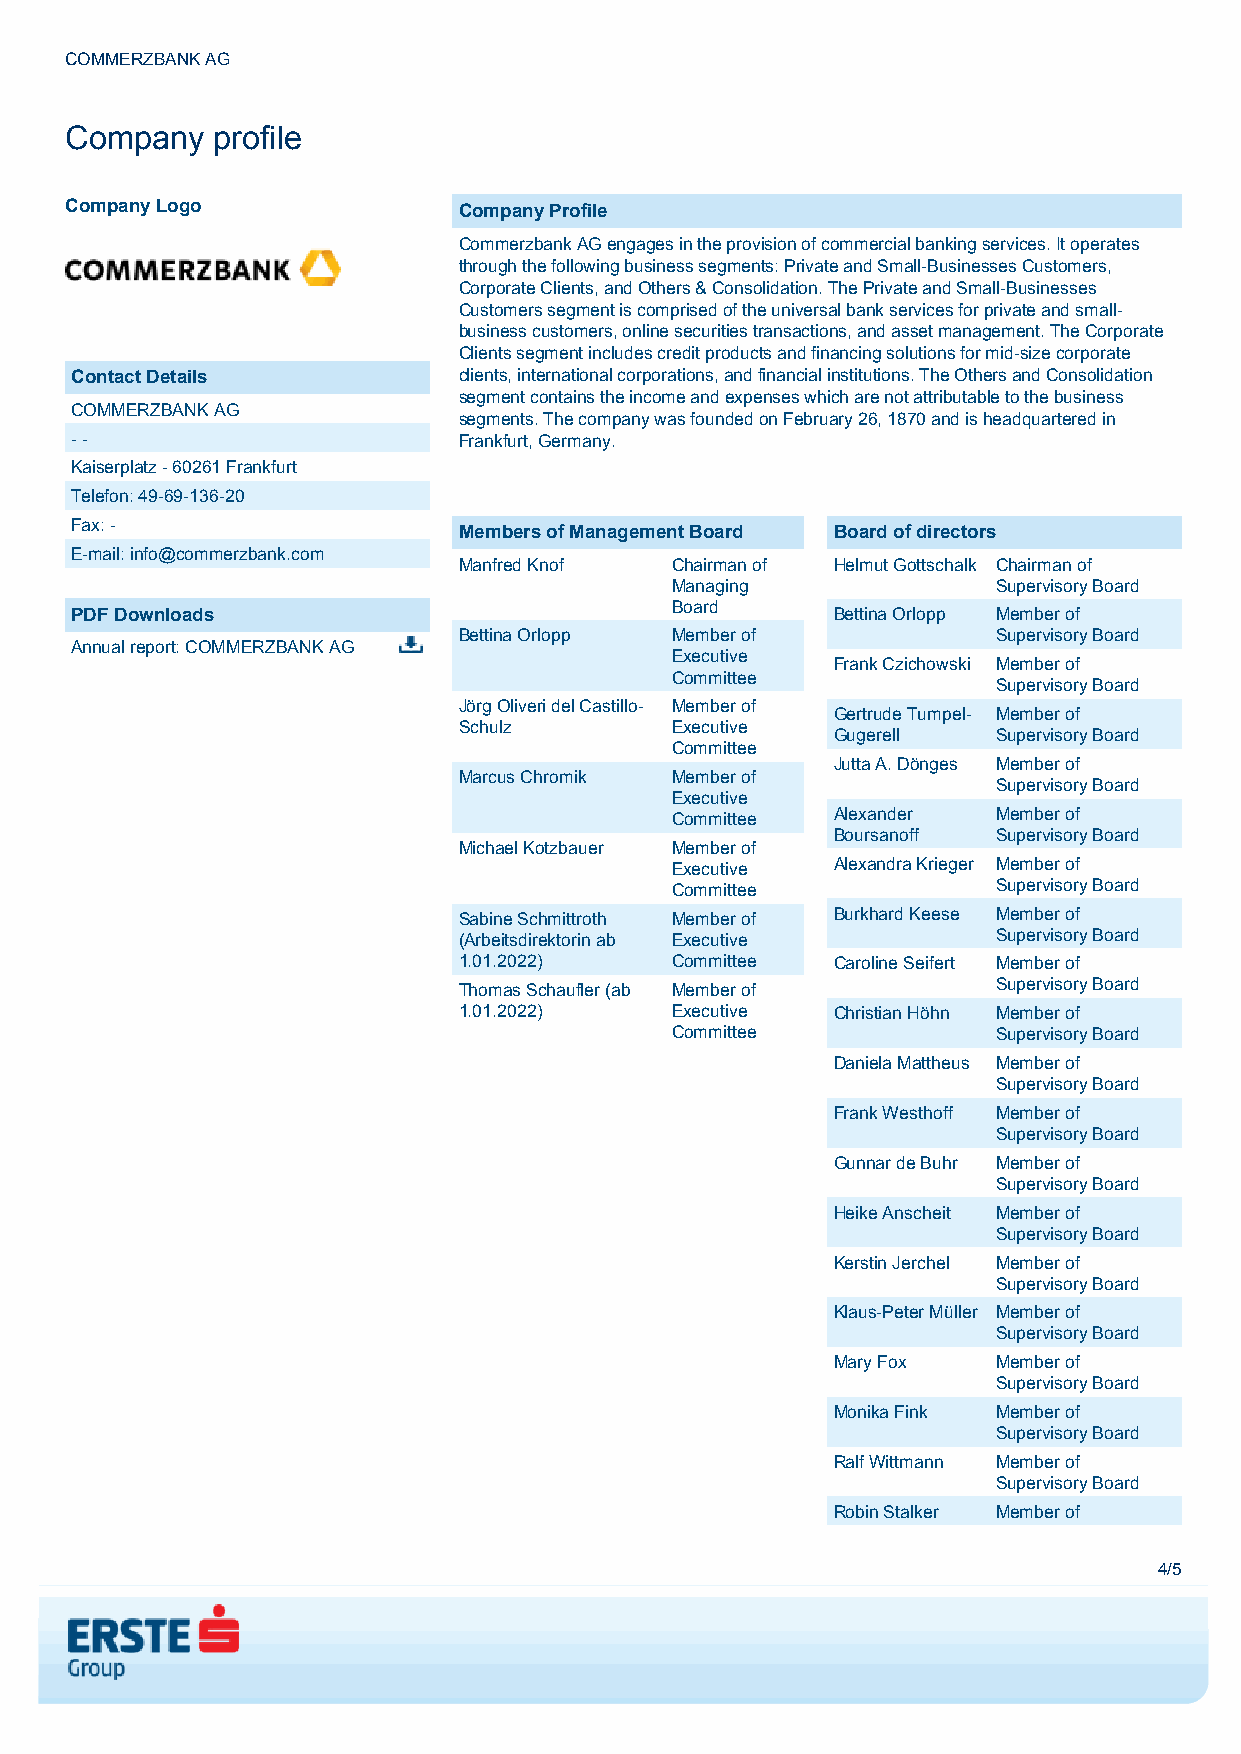
COMMERZBANK AG
 Company   profile
 Company Logo              Company Profile
 Commerzbank AG engages in the provision of commercial banking services. It operates
 through the following business segments: Private and Small-Businesses Customers,
 Corporate Clients, and Others & Consolidation. The Private and Small-Businesses
 Customers segment is comprised of the universal bank services for private and small-
 business customers, online securities transactions, and asset management. The Corporate
 Clients segment includes credit products and financing solutions for mid-size corporate
 Contact Details          clients, international corporations, and financial institutions. The Others and Consolidation
 segment contains the income and expenses which are not attributable to the business
 COMMERZBANK AG
 segments. The company was founded on February 26, 1870 and is headquartered in
 - -                      Frankfurt, Germany.
 Kaiserplatz - 60261 Frankfurt
 Telefon: 49-69-136-20
 Fax: -                   Members of Management Board Board of directors
 E-mail: info@commerzbank.com
 Manfred Knof  Chairman of Helmut Gottschalk Chairman of
 Managing              Supervisory Board
 Board
 PDF Downloads                                     Bettina Orlopp Member of
 Bettina Orlopp Member of            Supervisory Board
 Annual report: COMMERZBANK AG
 Executive
 Frank Czichowski Member of
 Committee
 Supervisory Board
 Jörg Oliveri del Castillo- Member of
 Gertrude Tumpel- Member of
 Schulz        Executive
 Gugerell   Supervisory Board
 Committee
 Jutta A. Dönges Member of
 Marcus Chromik Member of
 Supervisory Board
 Executive
 Committee  Alexander  Member of
 Boursanoff Supervisory Board
 Michael Kotzbauer Member of
 Executive  Alexandra Krieger Member of
 Committee             Supervisory Board
 Sabine Schmittroth Member of Burkhard Keese Member of
 (Arbeitsdirektorin ab Executive     Supervisory Board
 1.01.2022)    Committee  Caroline Seifert Member of
 Thomas Schaufler (ab Member of      Supervisory Board
 1.01.2022)    Executive  Christian Höhn Member of
 Committee             Supervisory Board
 Daniela Mattheus Member of
 Supervisory Board
 Frank Westhoff Member of
 Supervisory Board
 Gunnar de Buhr Member of
 Supervisory Board
 Heike Anscheit Member of
 Supervisory Board
 Kerstin Jerchel Member of
 Supervisory Board
 Klaus-Peter Müller Member of
 Supervisory Board
 Mary Fox   Member of
 Supervisory Board
 Monika Fink Member of
 Supervisory Board
 Ralf Wittmann Member of
 Supervisory Board
 Robin Stalker Member of
 4/5